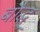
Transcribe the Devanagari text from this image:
बौद्ध्